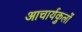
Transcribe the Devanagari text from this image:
आचार्यकुलों